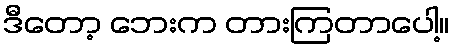
ဒီတော့ ဘေးက တားကြတာပေါ့။